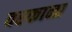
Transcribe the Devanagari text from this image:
वरकाना